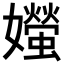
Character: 𪦱